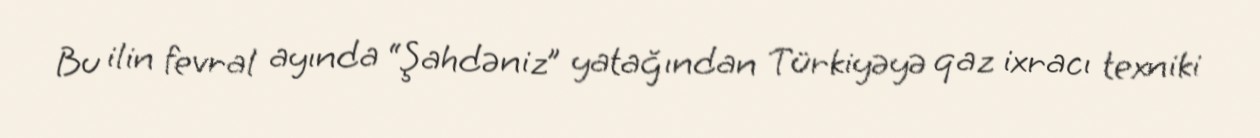
Bu ilin fevral ayında “Şahdəniz” yatağından Türkiyəyə qaz ixracı texniki